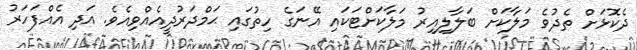
ދެކޮޅަށް ތެދުވެ މަލާކަށް ބަލާލިއިރު މަލާކަށްޓަކައި އޭނަގެ ހިތުގައި ޙަމްދަރުދީއެއްވިއެވެ. އަދި އެއްފަހަރު